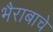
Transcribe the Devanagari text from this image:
भैराबाचे